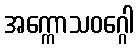
အက္ကောသဝဂ္ဂေါ